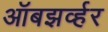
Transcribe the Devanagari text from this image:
ऑबझर्व्हर